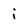
Character: i